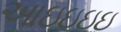
આઇઇઇઇ